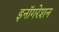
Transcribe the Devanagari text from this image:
इनॉगरेशन